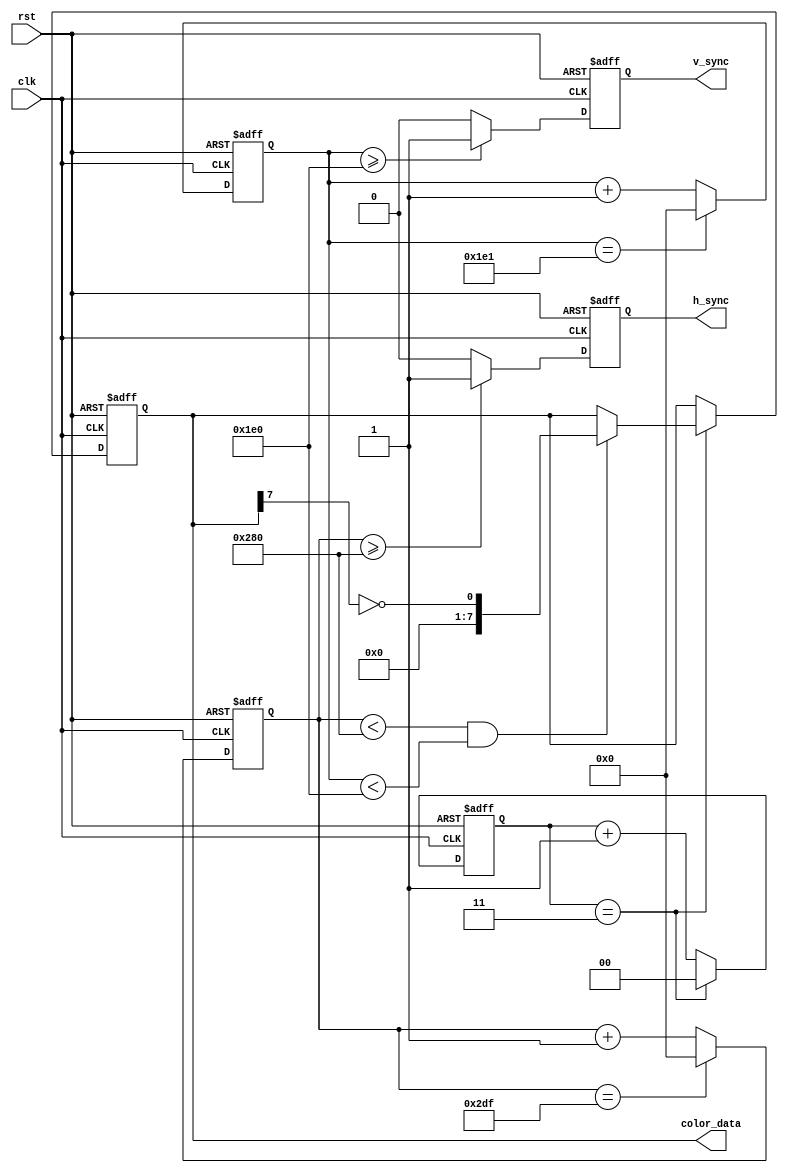
module VGA_Controller(
    input wire clk,
    input wire rst,
    // Define VGA signals
    output reg h_sync, // Horizontal synchronization pulse
    output reg v_sync, // Vertical synchronization pulse
    output reg [7:0] color_data // Pixel data output
);

// Define parameters for VGA timing
parameter H_SYNC_INTERVAL = 96; // Horizontal synchronization interval
parameter V_SYNC_INTERVAL = 2; // Vertical synchronization interval
parameter DISPLAY_WIDTH = 640; // Display width
parameter DISPLAY_HEIGHT = 480; // Display height

// Define internal variables for timing
reg [9:0] h_counter; // Horizontal counter
reg [9:0] v_counter; // Vertical counter

// Define internal variables for managing color output
reg [1:0] color_counter; // Color counter

// Initialize internal variables
always @(posedge clk or posedge rst) begin
    if (rst) begin
        h_counter <= 0;
        v_counter <= 0;
        color_counter <= 0;
        h_sync <= 0;
        v_sync <= 0;
        color_data <= 8'b0;
    end else begin
        // Increment horizontal counter
        if (h_counter == DISPLAY_WIDTH + H_SYNC_INTERVAL - 1) begin
            h_counter <= 0;
        end else begin
            h_counter <= h_counter + 1;
        end
        
        // Increment vertical counter
        if (v_counter == DISPLAY_HEIGHT + V_SYNC_INTERVAL - 1) begin
            v_counter <= 0;
        end else begin
            v_counter <= v_counter + 1;
        end
        
        // Generate horizontal synchronization pulse
        if (h_counter >= DISPLAY_WIDTH) begin
            h_sync <= 1;
        end else begin
            h_sync <= 0;
        end
        
        // Generate vertical synchronization pulse
        if (v_counter >= DISPLAY_HEIGHT) begin
            v_sync <= 1;
        end else begin
            v_sync <= 0;
        end
        
        // Manage color output
        if (color_counter == 3) begin
            if (h_counter < DISPLAY_WIDTH && v_counter < DISPLAY_HEIGHT) begin
                color_data <= {color_data[6:0], color_data[7] ^ 1};
            end
            color_counter <= 0;
        end else begin
            color_counter <= color_counter + 1;
        end
    end
end

endmodule